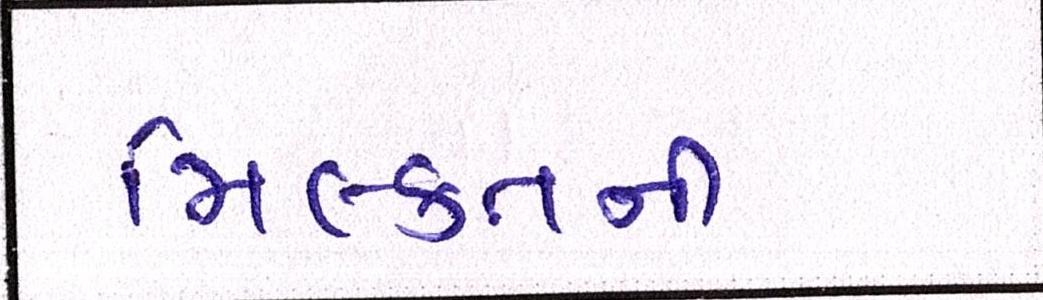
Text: મિલ્કતની